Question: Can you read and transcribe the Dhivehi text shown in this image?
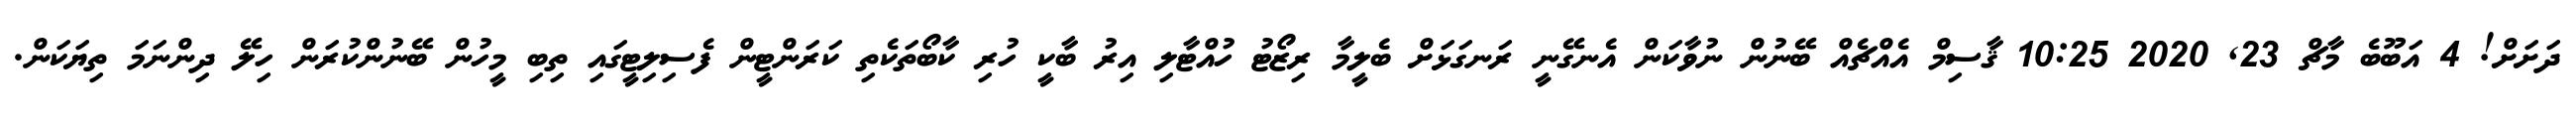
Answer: ދަށަށް! 4 އަބޫބެ މާޗް 23, 2020 10:25 ޤާސިމް އެއްޗެއް ބޭނުން ނުވާކަން އެނގޭނީ ރަނގަޅަށް ބެލީމާ ރިޒޯޓު ހުއްޓާލި އިރު ބާކީ ހުރި ކާބޯތަކެތި ކަރަންޓީން ފެސިލިޓީގައި ތިބި މީހުން ބޭނުންކުރަން ހިލޭ ދިންނަމަ ތިޔަކަން.